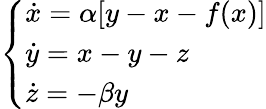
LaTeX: \left\{ \begin{array}{ll}{\dot{x}=\alpha[y-x-f(x)]}\\ {\dot{y}=x-y-z}\\ {\dot{z}=-\beta y}\end{array}\right.